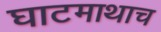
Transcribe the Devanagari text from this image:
घाटमाथाच